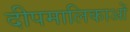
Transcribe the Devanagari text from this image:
दीपमालिकाओं